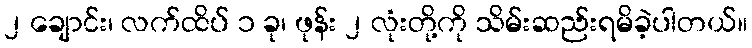
၂ ချောင်း၊ လက်ထိပ် ၁ ခု၊ ဖုန်း ၂ လုံးတို့ကို သိမ်းဆည်းရမိခဲ့ပါတယ်။